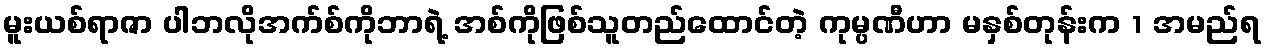
မူးယစ်ရာဇာ ပါဘလိုအက်စ်ကိုဘာရဲ့ အစ်ကိုဖြစ်သူတည်ထောင်တဲ့ ကုမ္ပဏီဟာ မနှစ်တုန်းက 1 အမည်ရ